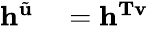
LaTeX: \begin{array}{rl}{\mathbf{h}^{\tilde{\mathbf{u}}}}&{{}=\mathbf{h}^{\mathbf{Tv}}}\end{array}